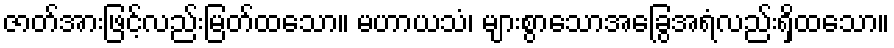
ဇာတ်အားဖြင့်လည်းမြတ်ထသော။ မဟာယသံ၊ များစွာသောအခြွေအရံလည်းရှိထသော။